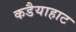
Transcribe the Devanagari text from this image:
कडैयाहाट